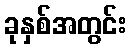
ခုနှစ်အတွင်း